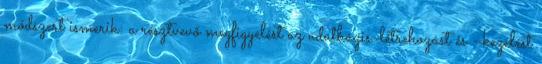
módszert ismerik: a résztvevő megfigyelést az adatbázis-létrehozást és –kezelést